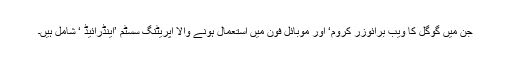
جن میں گوگل کا ویب برائوزر کروم‘ اور موبائل فون میں استعمال ہونے والا آپریٹنگ سسٹم ’اینڈرائیڈ ‘ شامل ہیں۔